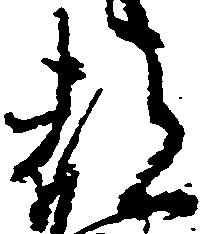
都